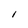
Character: 1